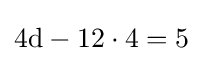
{\text{4d}}-12\cdot 4=5